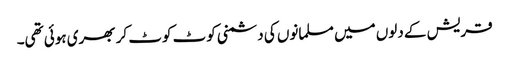
قریش کے دلوں میں مسلمانوں کی دشمنی کوٹ کوٹ کر بھری ہوئی تھی۔